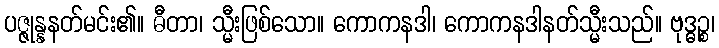
ပဇ္ဇုန္နနတ်မင်း၏။ ဓီတာ၊ သ္မီးဖြစ်သော။ ကောကနဒါ၊ ကောကနဒါနတ်သ္မီးသည်။ ဗုဒ္ဓဉ္စ၊